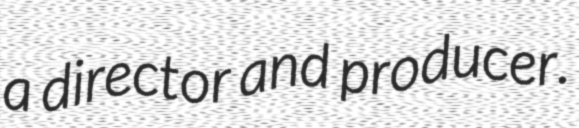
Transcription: a director and producer.